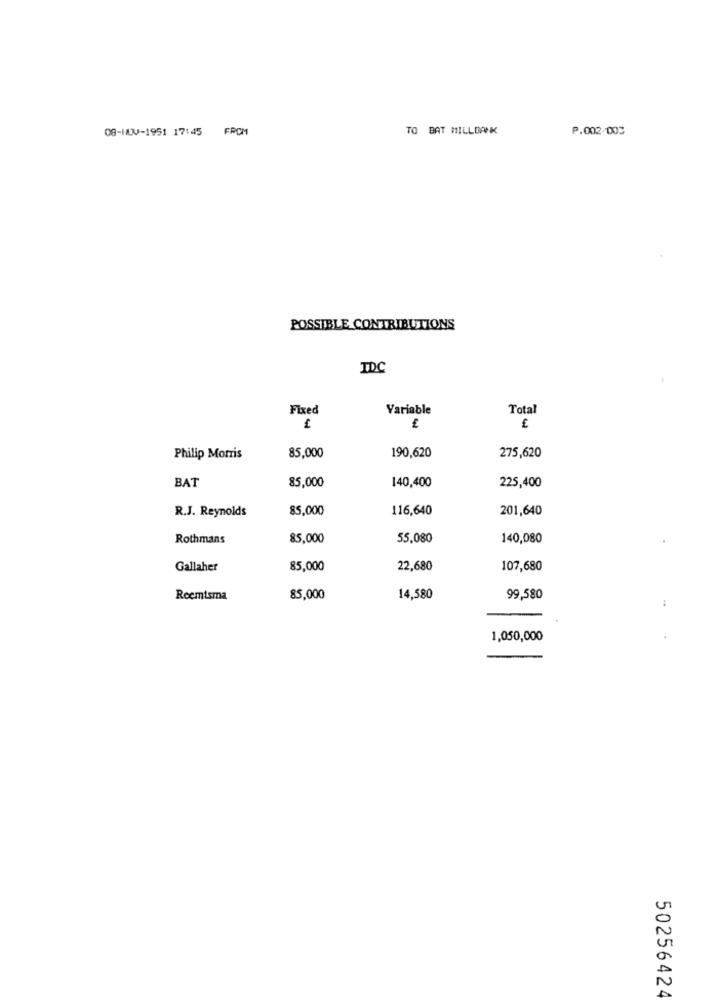
08-HUV-1951 17:45 FROM
TO BAT MILLDANK
P.002/003
POSSIBLE CONTRIBUTIONS
TDC
Fixed
Variable
Total
-
£
Philip Morris
85,000
190,620
275,620
BAT
85,000
140,400
225,400
R.J. Reynolds
85,000
116,640
201,640
Rothmans
85,000
55,080
140,080
Gallaher
85,000
22,680
107,680
Rocmisma
85,000
14,580
99,580
1,050,000
50256424